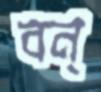
বন্